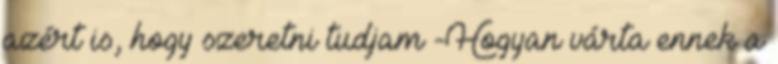
azért is, hogy szeretni tudjam -Hogyan várta ennek a